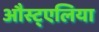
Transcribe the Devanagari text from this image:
औस्ट्एलिया